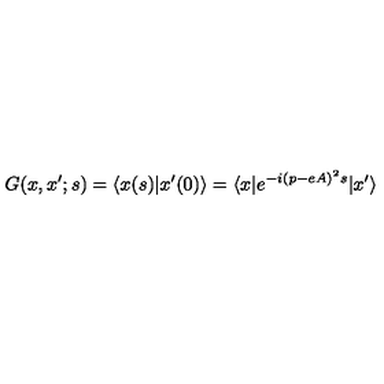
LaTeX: G ( x , x ^ { \prime } ; s ) = \langle x ( s ) | x ^ { \prime } ( 0 ) \rangle = \langle x | e ^ { - i ( p - e A ) ^ { 2 } s } | x ^ { \prime } \rangle